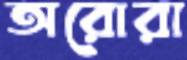
অরোরা